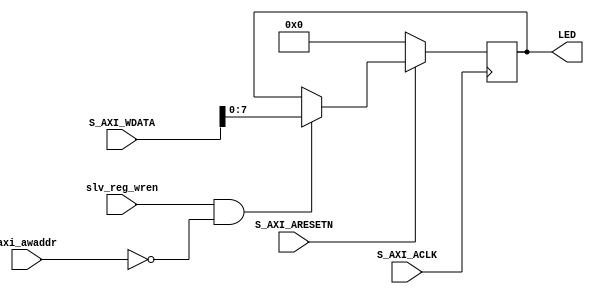
`timescale 1ns / 1ps
/////////////////////////////////////////////////////////////////
// Module Name: lab3_user_logic
/////////////////////////////////////////////////////////////////

module lab3_user_logic # (
	parameter LED_WIDTH = 8
	)
	(
    input S_AXI_ACLK,
    input slv_reg_wren,
    input [2:0] axi_awaddr,
    input [31:0] S_AXI_WDATA,
    input S_AXI_ARESETN,
    output reg [LED_WIDTH-1:0] LED
    );
      
  always @( posedge S_AXI_ACLK )
  begin
    if ( S_AXI_ARESETN == 1'b0 )
        LED <= 4'b0;
    else 
      if (slv_reg_wren && (axi_awaddr == 3'h0))
          LED <= S_AXI_WDATA[LED_WIDTH-1:0];
      end
endmodule